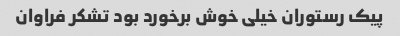
پیک رستوران خیلی خوش برخورد بود تشکر فراوان